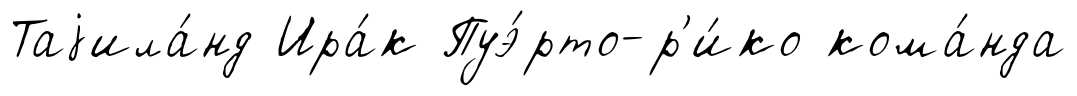
Таjила́нд Ира́к Пуэ́рто-р'и́ко кома́нда